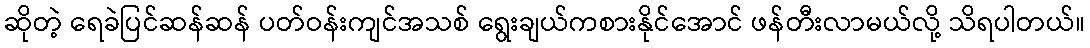
ဆိုတဲ့ ရေခဲပြင်ဆန်ဆန် ပတ်ဝန်းကျင်အသစ် ရွေးချယ်ကစားနိုင်အောင် ဖန်တီးလာမယ်လို့ သိရပါတယ်။